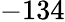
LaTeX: -134